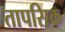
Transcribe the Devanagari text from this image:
तापसिक